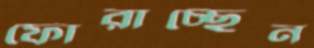
ফোরাচ্ছেন